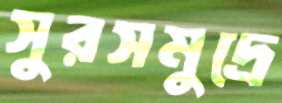
সুরসমুদ্রে